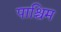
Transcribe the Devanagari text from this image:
पाश्चिम